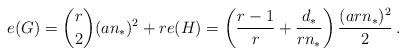
LaTeX: \begin{align*}e(G)=\binom{r}{2}(an_*)^2+re(H)=\left(\frac{r-1}{r}+\frac{d_*}{rn_*}\right)\frac{(arn_*)^2}2\,. \end{align*}